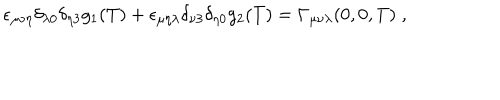
LaTeX: \epsilon _ { \mu \nu \eta } \delta _ { \lambda 0 } \delta _ { \eta 3 } g _ { 1 } ( T ) + \epsilon _ { \mu \eta \lambda } \delta _ { \nu 3 } \delta _ { \eta 0 } g _ { 2 } ( T ) = \Gamma _ { \mu \nu \lambda } ( 0 , 0 , T ) \; ,